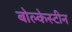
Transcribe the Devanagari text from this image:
बोल्केस्टीन